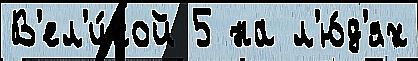
В'ел'и́кой 5 на л'ю́д'ях